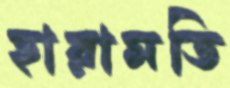
হারামতি